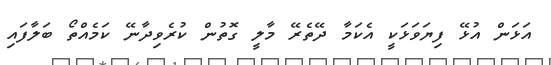
އަޅަން އުޅޭ ފިޔަވަޅަކީ އެކަމާ ދޭތެރޭ މާލީ ގޮތުން ކުރެވިދާނޭ ކަމެއްތޯ ބަލާފައި